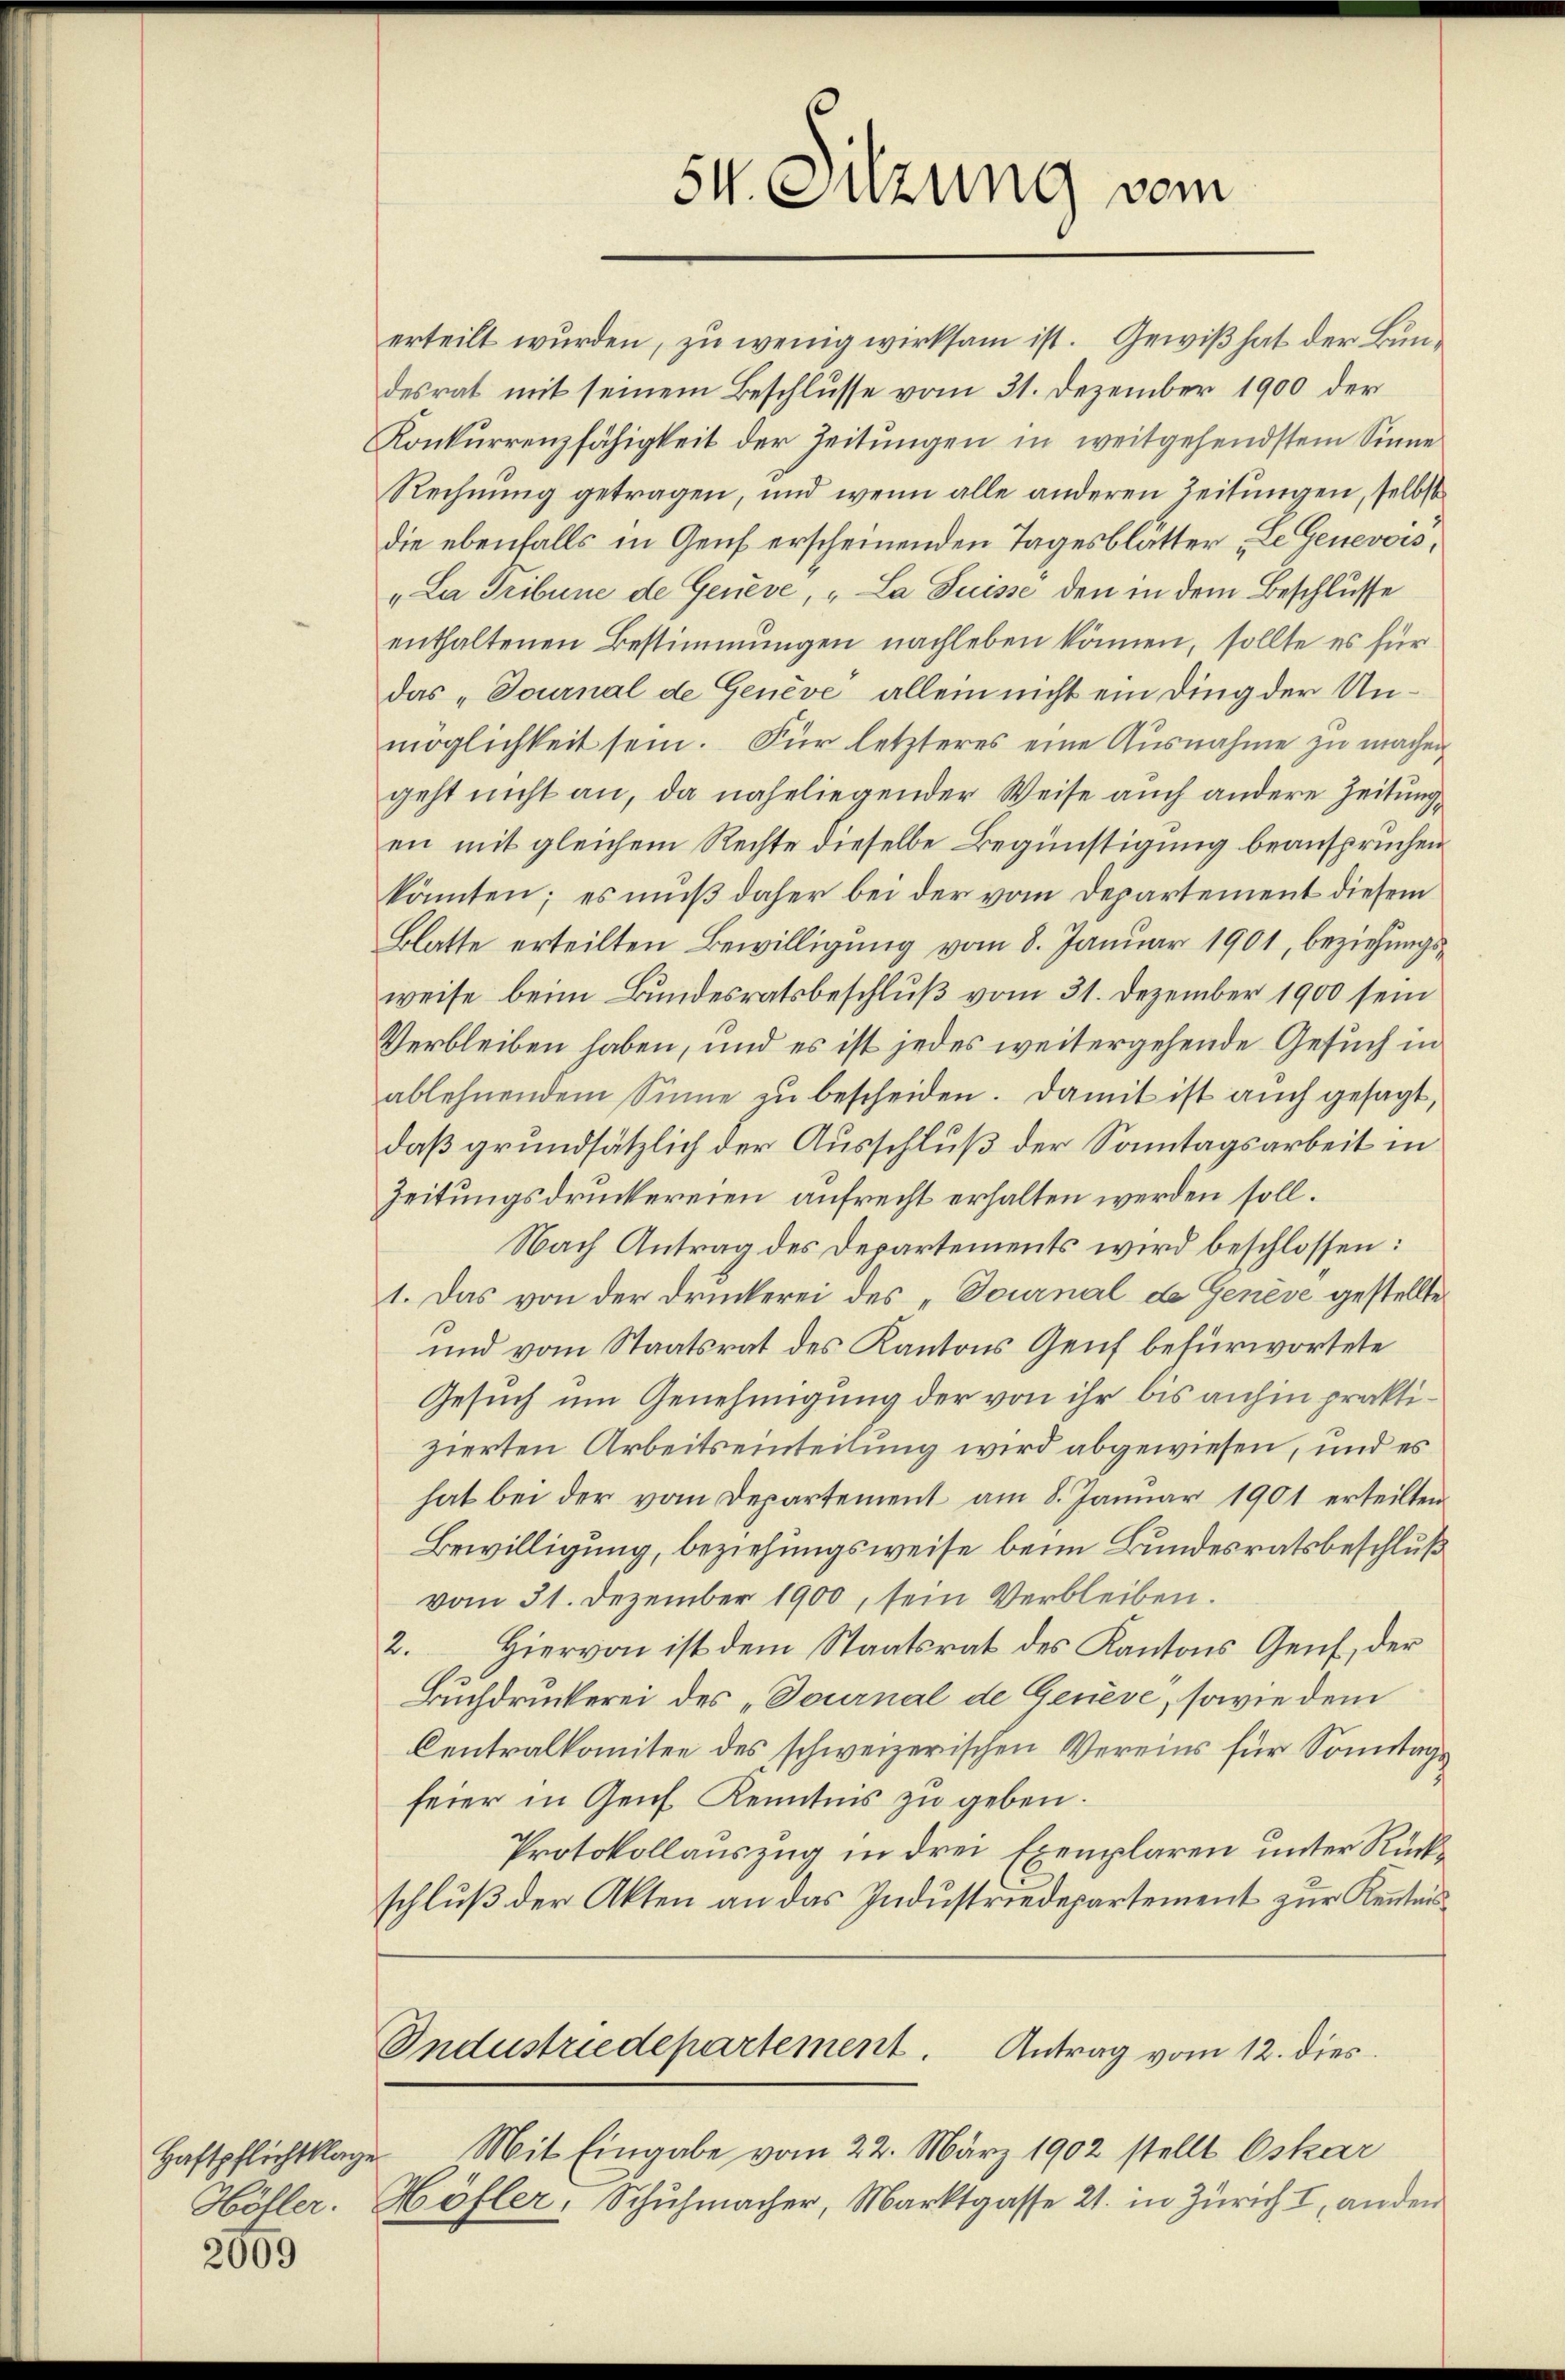
Höfler.

2069

54. Sitzung vom

erteilt wurden, zu wenig wirksam ist. Gewiß hat der Bundesrat mit seinem Beschlusse vom 31. Dezember 1900 der
Konkurrenzfähigkeit der Zeitungen in weitgehendstem Sinne
Rechnung getragen, und wenn alle anderen Zeitungen, selbst
die ebenfalls in Genf erscheinenden Tagesblätter „Le Genevois,
„La Tribune de Genève, „La Suisse den in dem Beschlusse
enthaltenen Bestimmungen nachleben können, sollte es für
das „Tournal de Genève allein nicht ein Ding der Unmöglichkeit sein. Für letzteres eine Ausnahme zu machen
geht nicht an, da naheliegender Weise auch andere Zeitung
en mit gleichem Rechte dieselbe Begünstigung beanspruchen
könnten; es muß daher bei der vom Departement diesem
Blatte erteilten Bewilligung vom 8. Januar 1901, beziehungsweise beim Bundesratsbeschluß vom 31. Dezember 1900 sein
Verbleiben haben, und es ist jedes weitergehende Gesuch in
ablehnendem Sinne zŭ bescheiden. Damit ist auch gesagt,
daß grundsätzlich der Ausschluß der Sonntagsarbeit in
Zeitungsdruckereien aufrecht erhalten werden soll.
Nach Antrag des Departements wird beschlossen:
1. Das von der Druckerei des „Tournal de Genève gestellte
und vom Staatsrat des Kantons Genf befürwortete
Gesuch um Genehmigung der von ihr bis anhin praktizierten Arbeitseinteilung wird abgewiesen, und es
hat bei der vom Departement am 8. Januar 1901 erteilten
Bewilligung, beziehungsweise beim Bundesratsbeschluß
vom 31. Dezember 1900, sein Verbleiben.
2. Hiervon ist dem Staatsrat des Kantons Genf, der
Buchdruckerei des „Tournal de Genève, sowie dem
Centralkomitee des schweizerischen Vereins für Sonntags
feier in Genf Kenntnis zu geben.
Protokollauszug in drei Exemplaren unter Rückschluß der Akten an das Industriedepartement zur Kenntnis¬
Industriedepartement. Antrag vom 12. dies
Haftpflichtklage Mit Eingabe vom 22. März 1902 stellt Oskar
Höfler: Schŭhmacher, Marktgasse 21. in Zürich I, ander